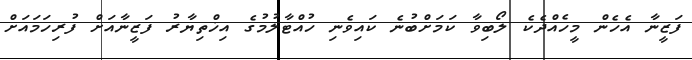
ފަޒީނާ އެހެން މީހެއްދެކެ ލޯބިވާ ކަމަށްބުނެ ކައިވެނި ހުއްޓާލުމުގެ އިޚްތިޔާރު ފަޒީނާއަށް ފުރިހަމައަށް